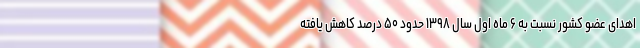
اهدای عضو کشور نسبت به ۶ ماه اول سال ۱۳۹۸ حدود ۵۰ درصد کاهش یافته